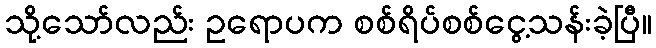
သို့သော်လည်း ဥရောပက စစ်ရိပ်စစ်ငွေ့သန်းခဲ့ပြီ။